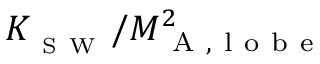
K _ { _ { \mathrm { ~ S ~ W ~ } } } / M _ { \mathrm { ~ A ~ , ~ l ~ o ~ b ~ e ~ } } ^ { 2 }